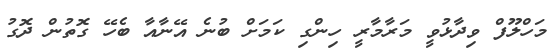
މަހްލޫފް ވިދާޅުވީ މަރާމާރީ ހިންގި ކަމަށް ބުނެ އޭނާއާ ބެހޭ ގޮތުން ދޮގު